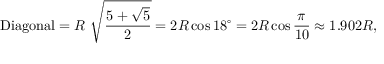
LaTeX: { \mathrm { D i a g o n a l } } = R \ { \sqrt { \frac { 5 + { \sqrt { 5 } } } { 2 } } } = 2 R \cos 1 8 ^ { \circ } = 2 R \cos { \frac { \pi } { 1 0 } } \approx 1 . 9 0 2 R ,